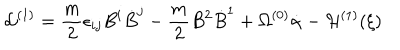
{ \cal L } ^ { ( 1 ) } = \frac { m } { 2 } \epsilon _ { i j } B ^ { i } \dot { B } ^ { j } - \frac { m } { 2 } B ^ { 2 } \dot { B } ^ { 1 } + \Omega ^ { ( 0 ) } \dot { \alpha } - { \cal H } ^ { ( 1 ) } ( \xi )